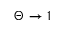
\Theta \to 1